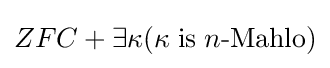
ZFC+\exists \kappa (\kappa \;{\textrm {is}}\;n{\textrm {-Mahlo}})